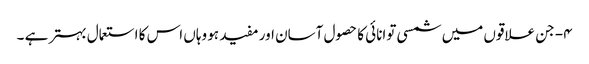
۴- جن علاقوں میں شمسی توانائی کا حصول آسان اور مفید ہو وہاں اس کا استعمال بہتر ہے ۔